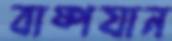
বাষ্পযান